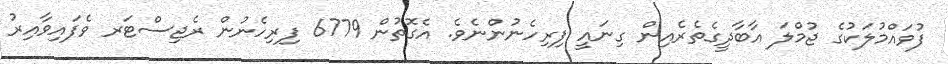
ފުވައްމުލަކުގެ ޖުމްލަ އާބާދީގެތެރެއިން ގިނައީ ފިރިހެނުންނެވެ. އެގޮތުން 6779 ފިރިހެނުން ރެޖިސްޓަރ ވެފައިވާއިރު